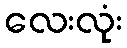
လေးလုံး